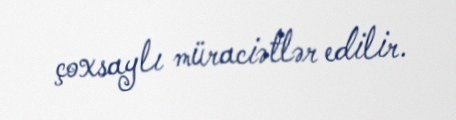
çoxsaylı müraciətlər edilir.